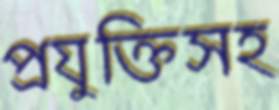
প্রযুক্তিসহ